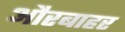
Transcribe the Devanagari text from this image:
औरबाहर